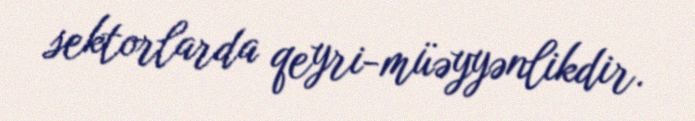
sektorlarda qeyri-müəyyənlikdir.